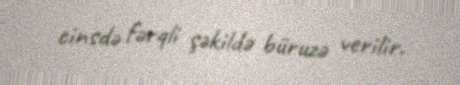
cinsdə fərqli şəkildə büruzə verilir.